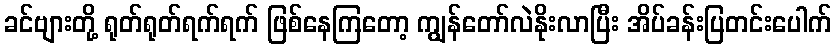
ခင်ဗျားတို့ ရုတ်ရုတ်ရက်ရက် ဖြစ်နေကြတော့ ကျွန်တော်လဲနိုးလာပြီး အိပ်ခန်းပြတင်းပေါက်